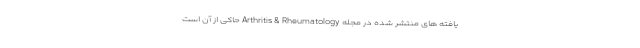
یافته های منتشر شده در مجله Arthritis & Rheumatology حاکی از آن است